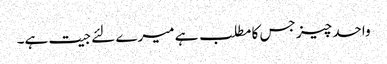
واحد چیز جس کا مطلب ہے میرے لئے جیت ہے۔